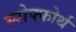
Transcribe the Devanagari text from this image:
स्पोफ्फोर्थ